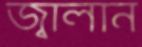
জ্বালান